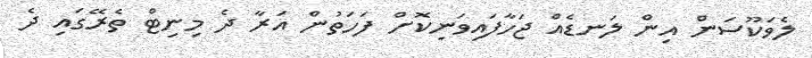
ލެވަކޫސަން އިން ލަނޑެއް ޖަހާފައިވަނިކޮށް ފަހަތުން އަރާ ދެ މިނިޓް ތެރޭގައި ދެ